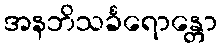
အနဘိသင်္ခရောန္တော